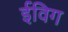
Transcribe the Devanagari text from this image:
ईविग